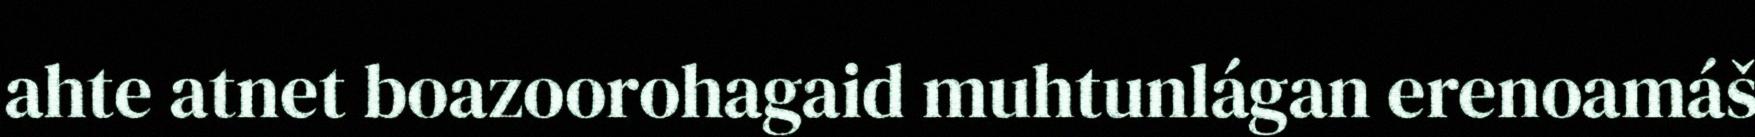
ahte atnet boazoorohagaid muhtunlágan erenoamáš